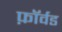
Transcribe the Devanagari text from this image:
फ़ॉर्वड